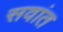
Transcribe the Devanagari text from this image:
सवांत